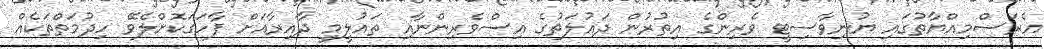
އެރަސްމިއްޔާތުގައި ޔުނިވާސިޓީ ވެރިންގެ އިތުރުން ދައުލަތުގެ އިސްވެރިންނާއި ތައުލީމީ ދާއިރާއަށް ފާހަގަކޮށްލެވޭ ހިދުމަތްތަކެއް